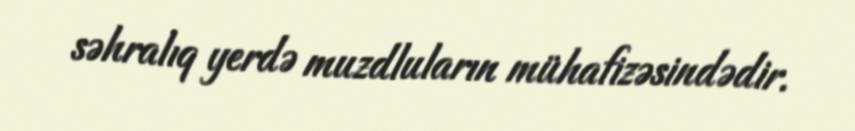
səhralıq yerdə muzdluların mühafizəsindədir.